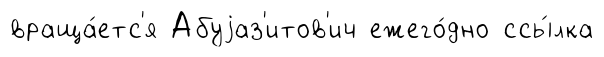
враща́етс'я Абуjаз'итов'ич ежего́дно ссы́лка